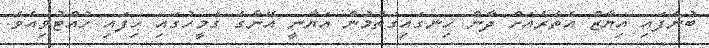
ބުނެފައި އިޔާޒް އެތެރެއަށް ދާން ހިނގައިގަތުމުން އަޔާނީ އޭނާގެ ގަމީހުގައި ހިފައި ހުއްޓުވިއެވެ.